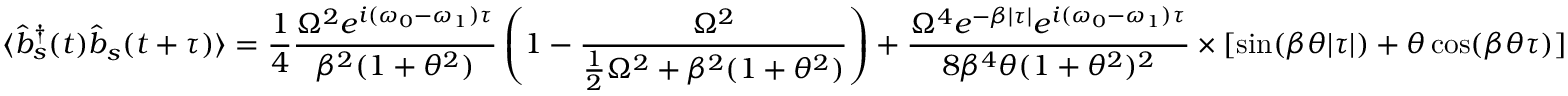
\langle { \hat { b } } _ { s } ^ { \dagger } ( t ) { \hat { b } } _ { s } ( t + \tau ) \rangle = { \frac { 1 } { 4 } } { \frac { \Omega ^ { 2 } e ^ { i ( \omega _ { 0 } - \omega _ { 1 } ) \tau } } { \beta ^ { 2 } ( 1 + \theta ^ { 2 } ) } } \left( 1 - { \frac { \Omega ^ { 2 } } { { \frac { 1 } { 2 } } \Omega ^ { 2 } + \beta ^ { 2 } ( 1 + \theta ^ { 2 } ) } } \right) + { \frac { \Omega ^ { 4 } e ^ { - \beta | \tau | } e ^ { i ( \omega _ { 0 } - \omega _ { 1 } ) \tau } } { 8 \beta ^ { 4 } \theta ( 1 + \theta ^ { 2 } ) ^ { 2 } } } \times [ \sin ( \beta \theta | \tau | ) + \theta \cos ( \beta \theta \tau ) ]